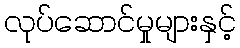
လုပ်ဆောင်မှုများနှင့်